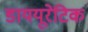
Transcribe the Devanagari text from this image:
डाययूरेटिक